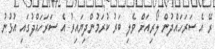
ރޭ އެ ސަރަހައްދުން ލޯރިއަށް ވެލި ބަރު ކުރަމުންދިޔައިރު އެ ސަރަހައްދުގައި އުޅުނު